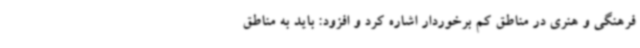
فرهنگی و هنری در مناطق کم برخوردار اشاره کرد و افزود: باید به مناطق